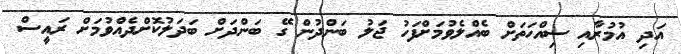
އަދި އުމުރާއި ސިއްހަތަށް ބެއްލެވުމަށްފަހު ޖަލު ބަންދުން ގޭ ބަންދަށް ބަދަލުކޮށްދެއްވުމަށް ރައީސް